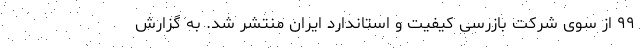
۹۹ از سوی شرکت بازرسی کیفیت و استاندارد ایران منتشر شد. به گزارش